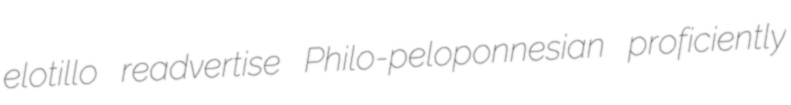
elotillo readvertise Philo-peloponnesian proficiently